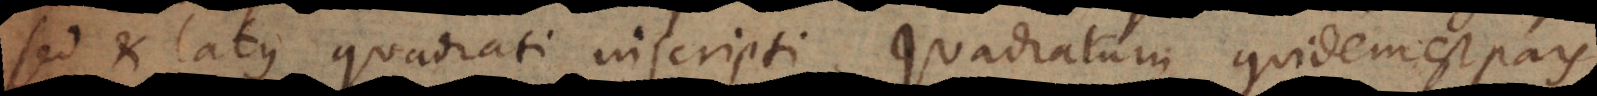
sed et latus quadrati inscripti. Quadratum quidem est pars